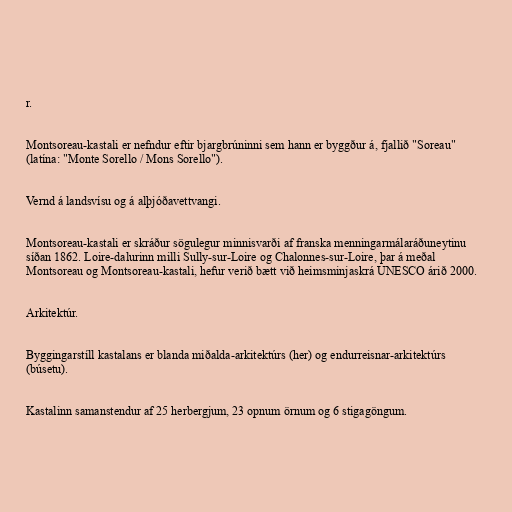
r.

Montsoreau-kastali er nefndur eftir bjargbrúninni sem hann er byggður á, fjallið "Soreau"
(latína: "Monte Sorello / Mons Sorello").

Vernd á landsvísu og á alþjóðavettvangi.

Montsoreau-kastali er skráður sögulegur minnisvarði af franska menningarmálaráðuneytinu
síðan 1862. Loire-dalurinn milli Sully-sur-Loire og Chalonnes-sur-Loire, þar á meðal
Montsoreau og Montsoreau-kastali, hefur verið bætt við heimsminjaskrá UNESCO árið 2000.

Arkitektúr.

Byggingarstíll kastalans er blanda miðalda-arkitektúrs (her) og endurreisnar-arkitektúrs
(búsetu).

Kastalinn samanstendur af 25 herbergjum, 23 opnum örnum og 6 stigagöngum.